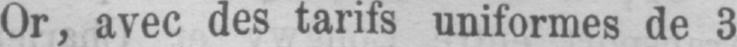
Or, avec des tarifs uniformes de 3